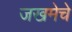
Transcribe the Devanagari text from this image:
जखमेचे